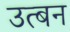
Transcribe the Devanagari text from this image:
उत्बन